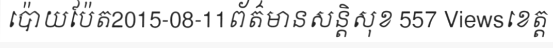
ប៉ោយប៉ែត2015-08-11ព័ត៌មានសន្តិសុខ 557 Viewsខេត្ត